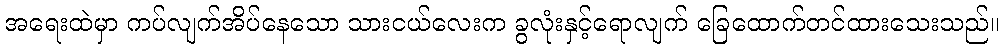
အရေးထဲမှာ ကပ်လျက်အိပ်နေသော သားငယ်လေးက ခွလုံးနှင့်ရောလျက် ခြေထောက်တင်ထားသေးသည်။